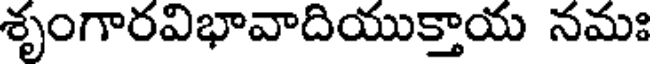
శృంగారవిభావాదియుక్తాయ నమః